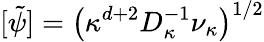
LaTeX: [\tilde{\psi}]=\big(\kappa^{d+2}D_{\kappa}^{-1}\nu_{\kappa}\big)^{1/2}